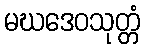
မဃဒေဝသုတ္တံ